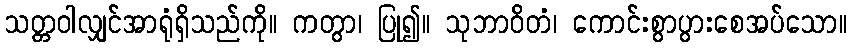
သတ္တဝါလျှင်အာရုံရှိသည်ကို။ ကတွာ၊ ပြု၍။ သုဘာဝိတံ၊ ကောင်းစွာပွားစေအပ်သော။